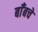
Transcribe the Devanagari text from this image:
बाँबचे